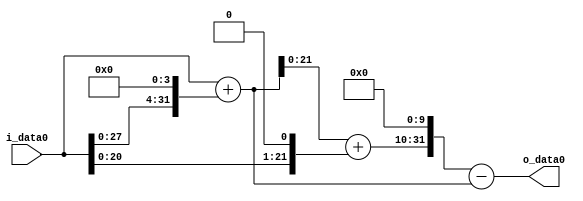
module multiplier_block (
    i_data0,
    o_data0
);

  // Port mode declarations:
  input   [31:0] i_data0;
  output  [31:0]
    o_data0;

  //Multipliers:

  wire [31:0]
    w1,
    w16,
    w17,
    w2,
    w19,
    w19456,
    w19439;

  assign w1 = i_data0;
  assign w16 = w1 << 4;
  assign w17 = w1 + w16;
  assign w19 = w17 + w2;
  assign w19439 = w19456 - w17;
  assign w19456 = w19 << 10;
  assign w2 = w1 << 1;

  assign o_data0 = w19439;

  //multiplier_block area estimate = 4287.72961742353;
endmodule